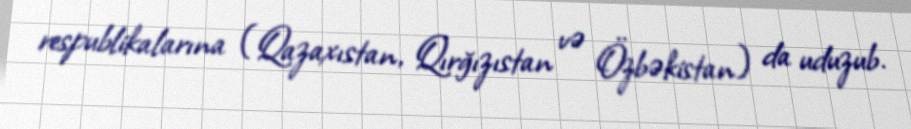
respublikalarına (Qazaxıstan, Qırğızıstan və Özbəkistan) da uduzub.